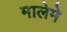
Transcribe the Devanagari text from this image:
मालेमे